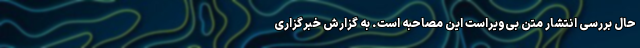
حال بررسی انتشار متن بی‌ویراست این مصاحبه است. به گزارش خبرگزاری